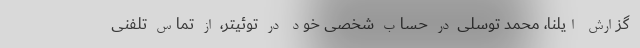
گزارش ایلنا، محمد توسلی در حساب شخصی خود در توئیتر، از تماس تلفنی